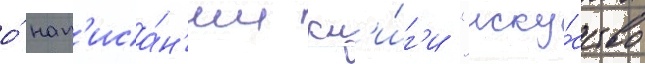
о́ нап'иса́н'ии кн'и́г'и "иску́сство